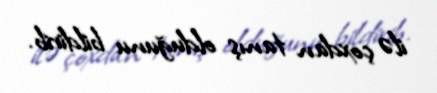
ilə çoxdan tanış olduğunu bildirib.